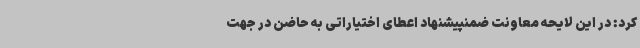
کرد: در این لایحه معاونت ضمنپیشنهاد اعطای اختیاراتی به حاضن در جهت